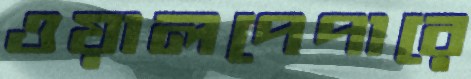
ওয়ালপেপারে